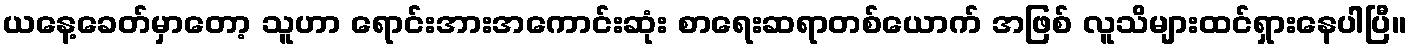
ယနေ့ခေတ်မှာတော့ သူဟာ ရောင်းအားအကောင်းဆုံး စာရေးဆရာတစ်ယောက် အဖြစ် လူသိများထင်ရှားနေပါပြီ။